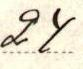
24